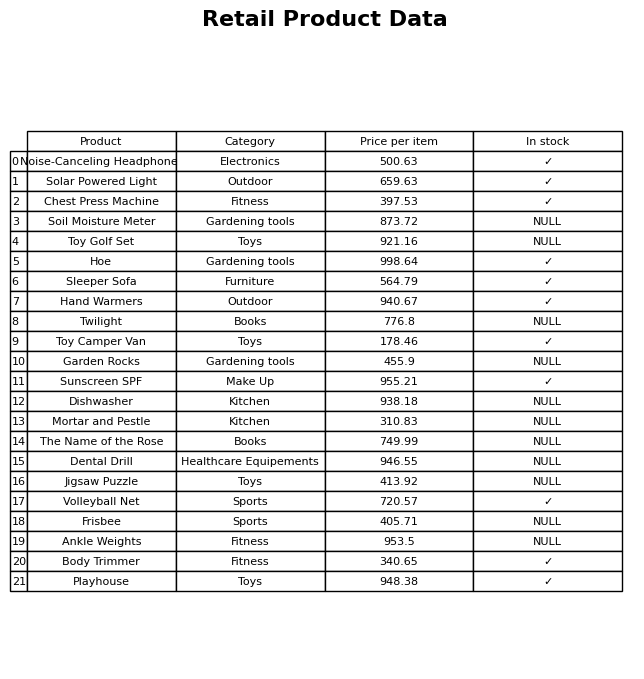
question: What is the price for Hoe?
answer: The price of Hoe is 998.64.